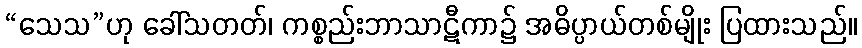
“သေသ”ဟု ခေါ်သတတ်၊ ကစ္စည်းဘာသာဋီကာ၌ အဓိပ္ပာယ်တစ်မျိုး ပြထားသည်။